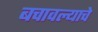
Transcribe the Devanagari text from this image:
बचावल्याचे